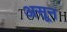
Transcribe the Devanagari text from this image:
असून